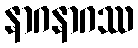
နာဂနာဂဿ